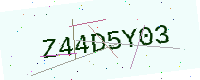
Text: Z44D5Y03